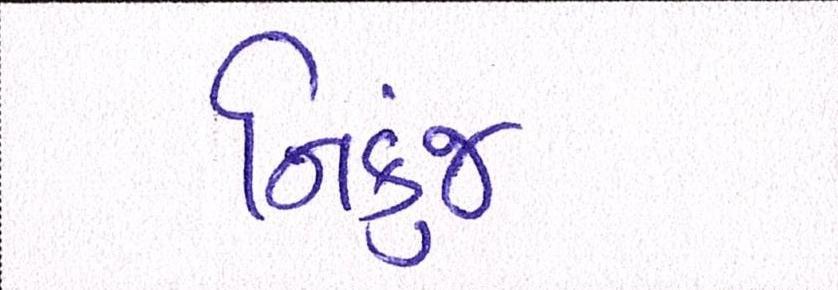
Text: નિકુંજ